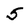
Character: 5